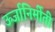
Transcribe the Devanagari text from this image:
ऊर्जानिर्मीती